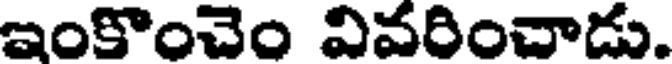
ఇంకొంచెం వివరించాడు.